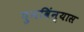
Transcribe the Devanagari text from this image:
पुनविंन्यास